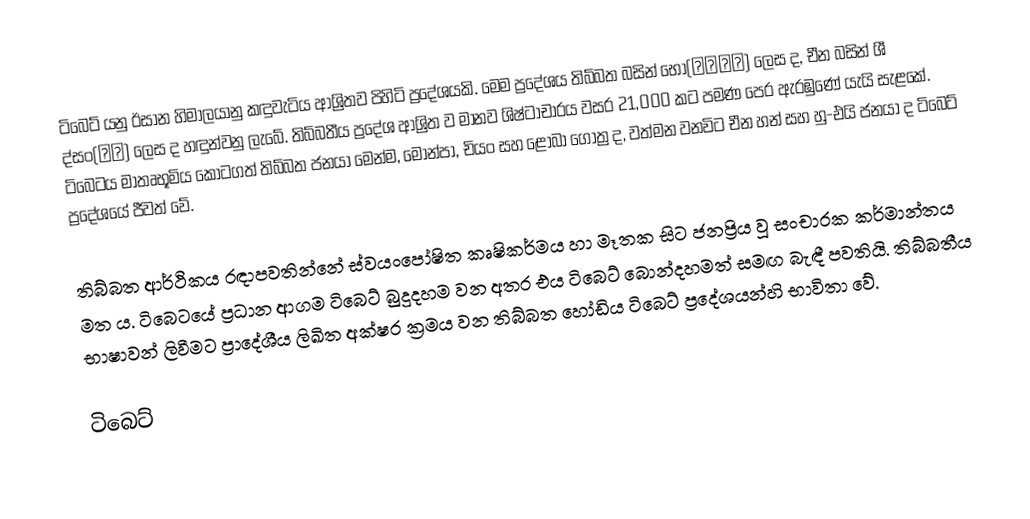
ටිබෙට් යනු ඊසාන හිමාලයානු කඳුවැටිය ආශ්‍රිතව පිහිටි ප්‍රදේශයකි. මෙම ප්‍රදේශය තිබ්බත බසින් භෝ(བོད་) ලෙස ද, චීන බසින් ශී ද්සං(西藏) ලෙස ද හඳුන්වනු ලැබේ. තිබ්බතීය ප්‍රදේශ ආශ්‍රිත ව මානව ශිෂ්ටාචාරය වසර 21,000 කට පමණ පෙර ඇරඹුණේ යැයි සැළකේ. ටිබෙටය මාතෘභූමිය කොටගත් තිබ්බත ජනයා මෙන්ම, මොන්පා, චියං සහ ළෝබා ගෝත්‍ර ද, වත්මන වනවිට චීන හන් සහ හු-එයි ජනයා ද ටිබෙට් ප්‍රදේශයේ ජීවත් වේ.

තිබ්බත ආර්ථිකය රඳාපවතින්නේ ස්වයංපෝෂිත කෘෂිකර්මය හා මෑතක සිට ජනප්‍රිය වූ සංචාරක කර්මාන්තය මත ය. ටිබෙටයේ ප්‍රධාන ආගම ටිබෙට් බුදුදහම වන අතර එය ටිබෙට් බොන්දහමත් සමඟ බැඳී පවතියි. තිබ්බතීය භාෂාවන් ලිවීමට ප්‍රාදේශීය ලිඛිත අක්ෂර ක්‍රමය වන තිබ්බත හෝඩිය ටිබෙට් ප්‍රදේශයන්හි භාවිතා වේ.

ටිබෙට්